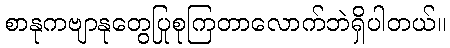
စာနုကဗျာနုတွေပြုစုကြတာလောက်ဘဲရှိပါတယ်။